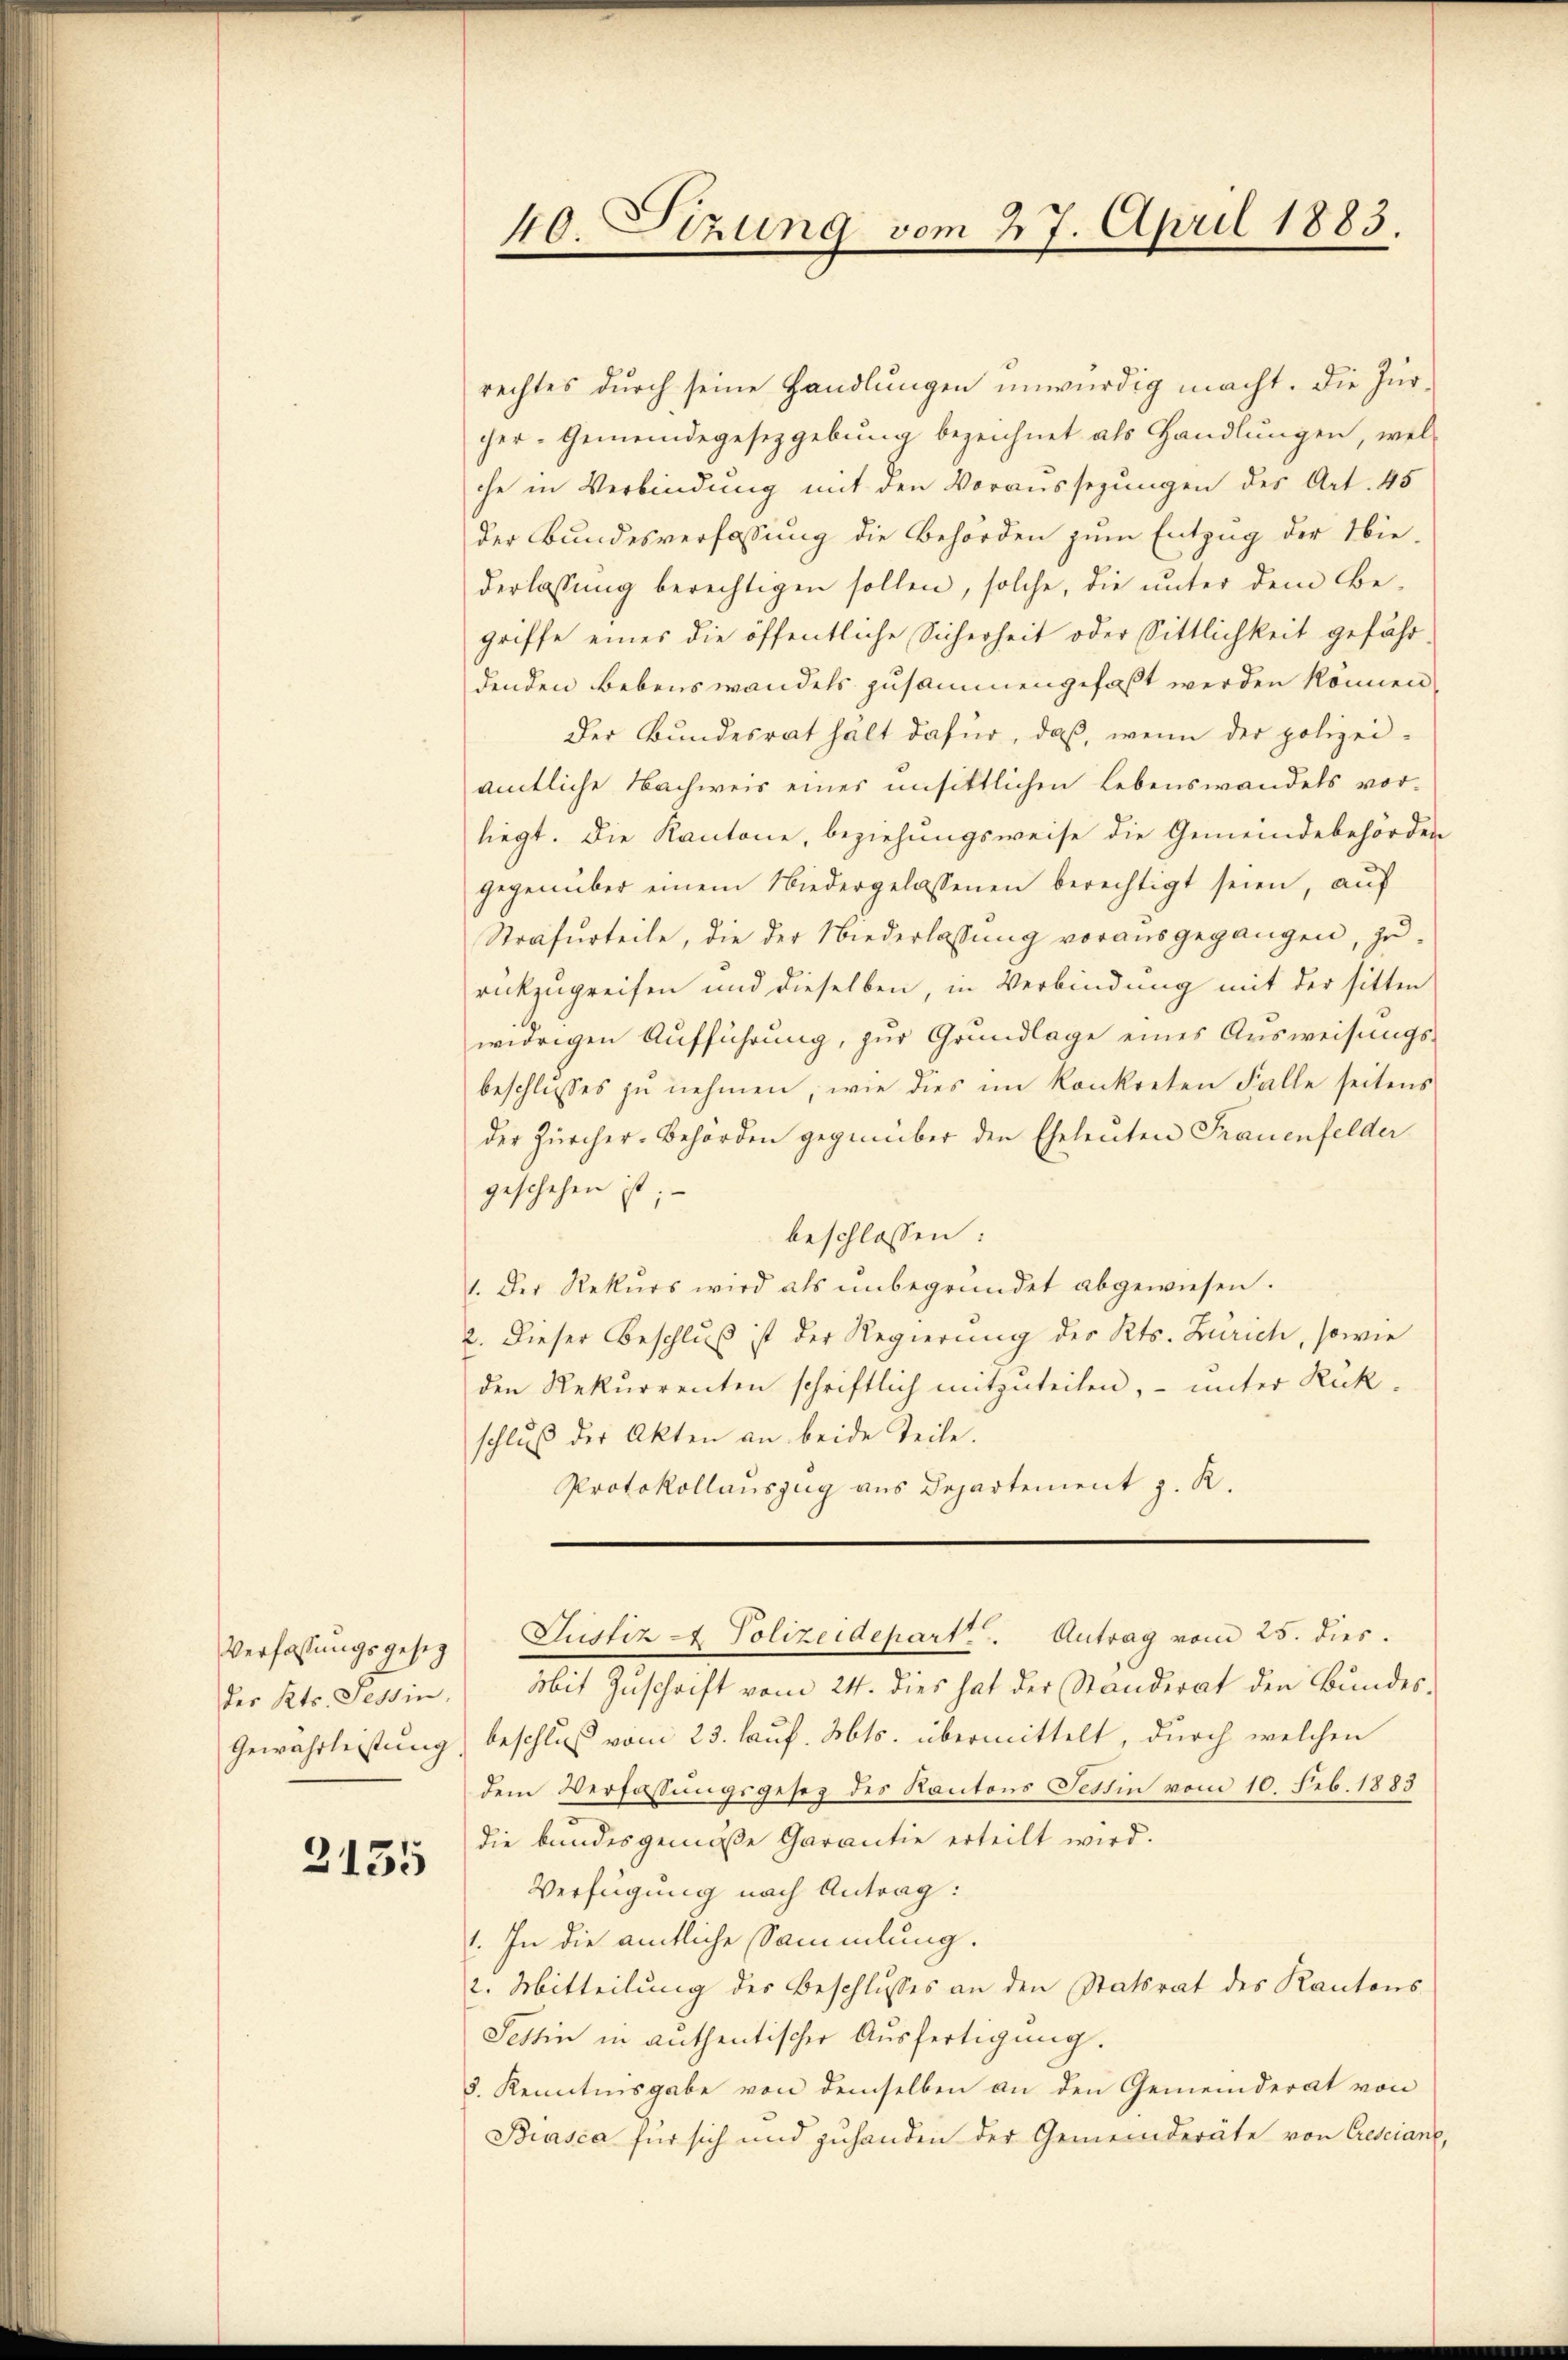
Verfassungsgesez
des Kts. Tessin,

2135

rechtes durch seine Handlungen unwürdig macht. Die Zürcher-Gemeindegesetzgebung bezeichnet als Handlungen, wel-
che in Verbindung mit den Voraussezungen des Art. 45
der Bundesverfassung die Behörden zum Entzug der Nie-
derlassung berechtigen sollen, solche, die unter dem Begriffe eines die öffentliche Sicherheit oder Sittlichkeit gefährdenden Bebenswandels zusammengefaßt werden können.
der Bundesrat hält dafür, daß, wenn der polizeiamtliche Nachweis eines unsittlichen Lebenswandels vorliegt. Die Kantone, beziehungsweise die Gemeindebehörden
gegenüber einem Niedergelassenen berechtigt seien, aŭf
Strafurteile, die der Niederlassŭng vorausgegangen, zu-
rückzugreifen und dieselben, in Verbindung mit der sitten
widrigen Aufführung, zur Grundlage eines Ausweisungs-
beschlusses zu nehmen, wie dies im konkreten Falle seitens
der Zürcher-Behörden gegenüber den Eheleuten Frauenfelder
geschehen ist;
beschlossen:
1. Der Rekŭrs wird als ŭnbegründet abgewiesen.
2. Dieser Beschluß ist der Regierung des Kts. Zürich, sowie
den Rekurrenten schriftlich mitzuteilen, – unter Rück-
schlŭβ der Akten an beide Teile.
Protokollauszug aus Departement z. R.

40. Sizung vom 27. April 1883.

Justiz - Polizeidepart. Antrag vom 25. dies.

Mit Zuschrift vom 24. dies hat der Standerat den Bundes-
Gewährleistung beschluß vom 23. lauf. Mts. übermittelt, durch welchen
dem Verfassungsgesez des Kantons Testin vom 10. Feb. 1883
die bundesgemäße Garantie erteilt wird.
Verfügung nach Antrag:
1. In die amtliche Sammlung.
2. Mitteilung des Beschlusses an den Statsrat des Kantons-
Settin in authentischer Ausfertigung.
3. Kenntnisgabe von demselben an den Gemeinderat von
Biasca für sich und zuhanden der Gemeinderäte von Cresciant,